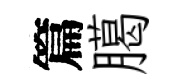
篇臈